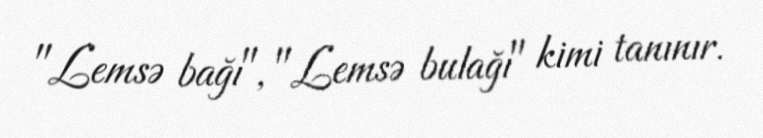
"Lemsə bağı", "Lemsə bulağı" kimi tanınır.